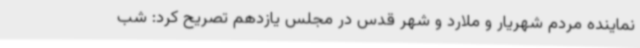
نماینده مردم شهریار و ملارد و شهر قدس در مجلس یازدهم تصریح کرد: شب